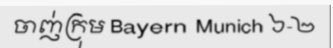
ចាញ់ក្រុម Bayern Munich ៦-២